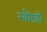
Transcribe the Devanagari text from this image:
खौरंडी